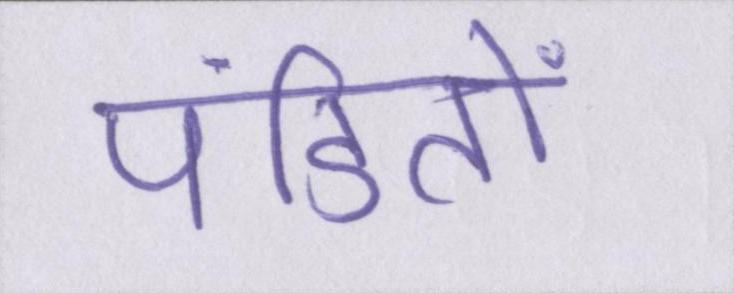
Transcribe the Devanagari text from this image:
पंडितों